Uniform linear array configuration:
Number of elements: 16
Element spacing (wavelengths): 0.5
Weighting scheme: kaiser
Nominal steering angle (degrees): -45
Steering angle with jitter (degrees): -44.857
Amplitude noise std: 0.05
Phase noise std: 0.05

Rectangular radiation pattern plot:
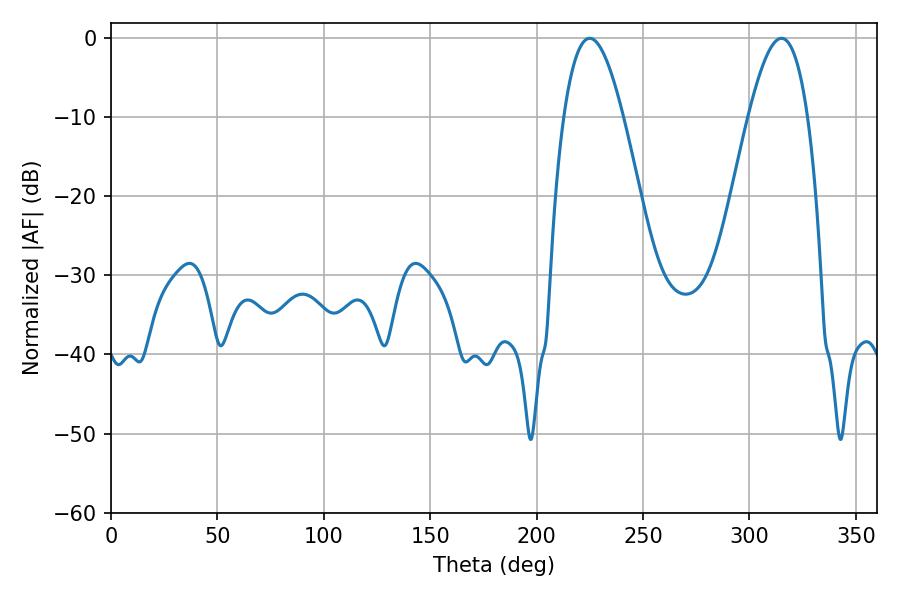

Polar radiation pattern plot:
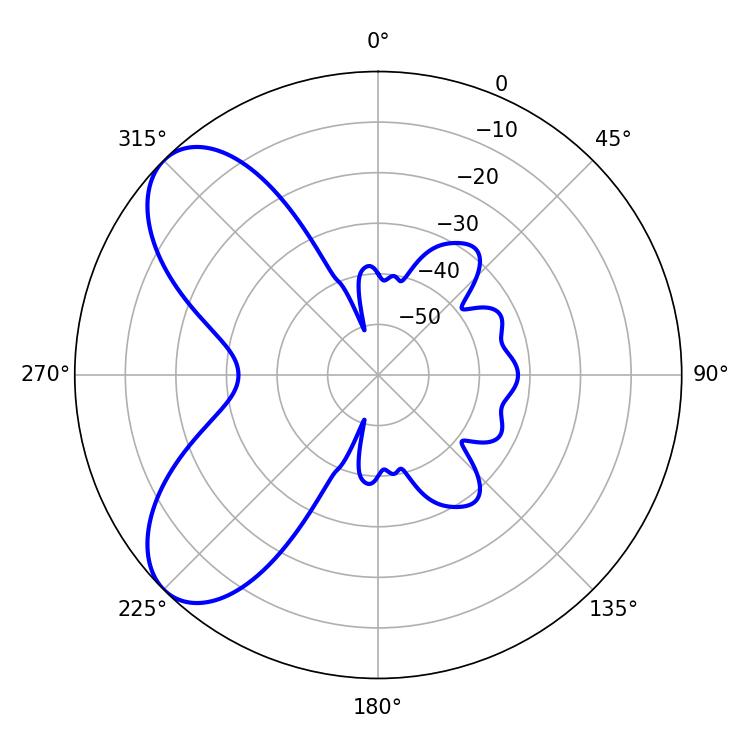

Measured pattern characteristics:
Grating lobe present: FALSE
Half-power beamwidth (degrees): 15.3
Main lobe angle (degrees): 225